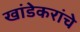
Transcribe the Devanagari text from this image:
खांडेकरांचे